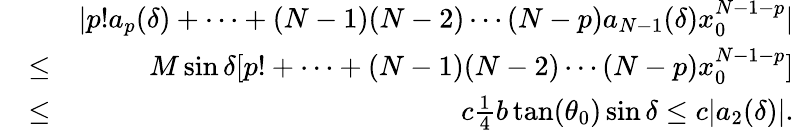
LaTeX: \begin{array}{rlr}&{}&{|p!a_{p}(\delta)+\cdots+(N-1)(N-2)\cdots(N-p)a_{N-1}(\delta)x_{0}^{N-1-p}|}\\ &{\leq}&{M\sin\delta[p!+\cdots+(N-1)(N-2)\cdots(N-p)x_{0}^{N-1-p}]}\\ &{\leq}&{c\frac{1}{4}b\tan(\theta_{0})\sin\delta\leq c|a_{2}(\delta)|.}\end{array}